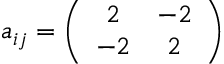
a _ { i j } = \left( \begin{array} { c c } { { 2 } } & { { - 2 } } \\ { { - 2 } } & { { 2 } } \end{array} \right)